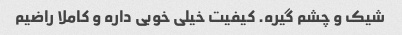
شیک و چشم گیره. کیفیت خیلی خوبی داره و کاملا راضیم